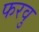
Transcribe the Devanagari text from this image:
फरवु